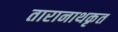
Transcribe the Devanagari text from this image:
तारानाथकृत